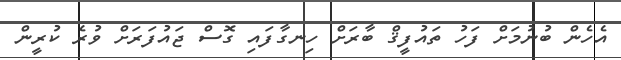
އެހެން ބުނުމަށް ފަހު ތައުފީޤް ބާރަށް ހިނގާފައި ގޮސް ޖައުފަރަށް ވުރެ ކުރީން